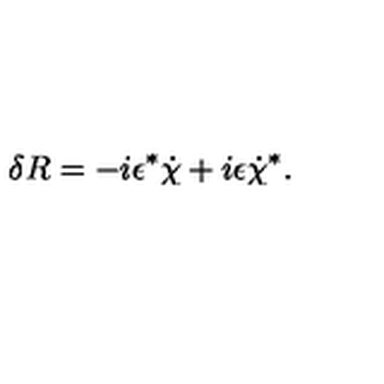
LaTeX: \delta R = - i \epsilon ^ { * } \dot { \chi } + i \epsilon \dot { \chi } ^ { * } .